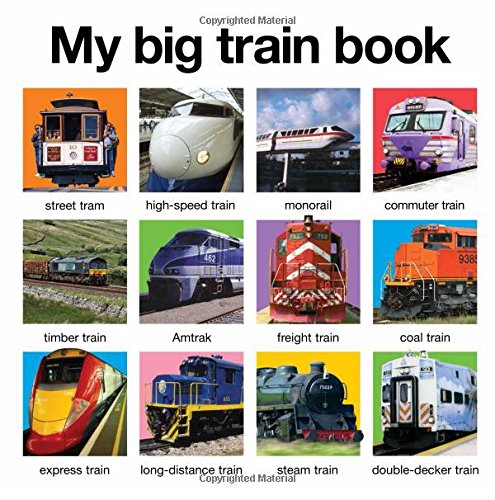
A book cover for My Big Train Book (My Big Board Books); Roger Priddy; Children's Books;